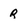
Character: r